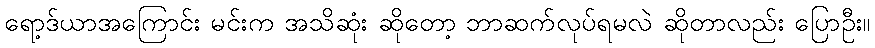
ရော့ဒ်ယာအကြောင်း မင်းက အသိဆုံး ဆိုတော့ ဘာဆက်လုပ်ရမလဲ ဆိုတာလည်း ပြောဦး။